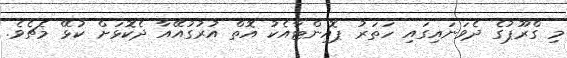
މި ގްރޫޕުގެ ދެވަނައިގައި ހަތަރު ޕޮއިންޓާއެކު އޮތް އުރުގުއޭއާ ދެކޮޅަށް ކުޅޭ މެޗެވެ.